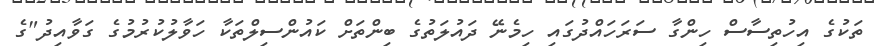
ތަކުގެ އިހުތިސާސް ހިންގާ ސަރަހައްދުގައި ހިމެނޭ ދައުލަތުގެ ބިންތަށް ކައުންސިލްތަކާ ހަވާލުކުރުމުގެ ގަވާއިދު"ގެ